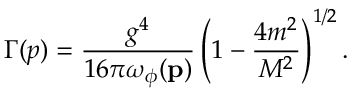
\Gamma ( p ) = \frac { g ^ { 4 } } { 1 6 \pi \omega _ { \phi } ( { \bf p } ) } \left( 1 - \frac { 4 m ^ { 2 } } { M ^ { 2 } } \right) ^ { 1 / 2 } .